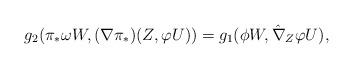
LaTeX: \begin{align*}g_{2}(\pi _{\ast }\omega W,(\nabla \pi_{\ast})(Z,\varphi U))&=g_{1}(\phi W,\hat{\nabla}_{Z}\varphi U),\end{align*}